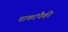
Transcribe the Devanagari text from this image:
चाकांपैकी